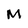
Character: M